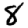
Digit: 8